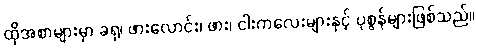
ထိုအစာများမှာ ခရု၊ ဖားလောင်း၊ ဖား၊ ငါးကလေးများနှင့် ပုစွန်များဖြစ်သည်။